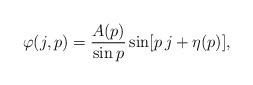
LaTeX: \begin{align*}\varphi(j,p)=\frac{A(p)}{\sin p} \sin[p\, j+\eta(p)],\end{align*}